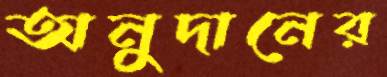
অনুদানের